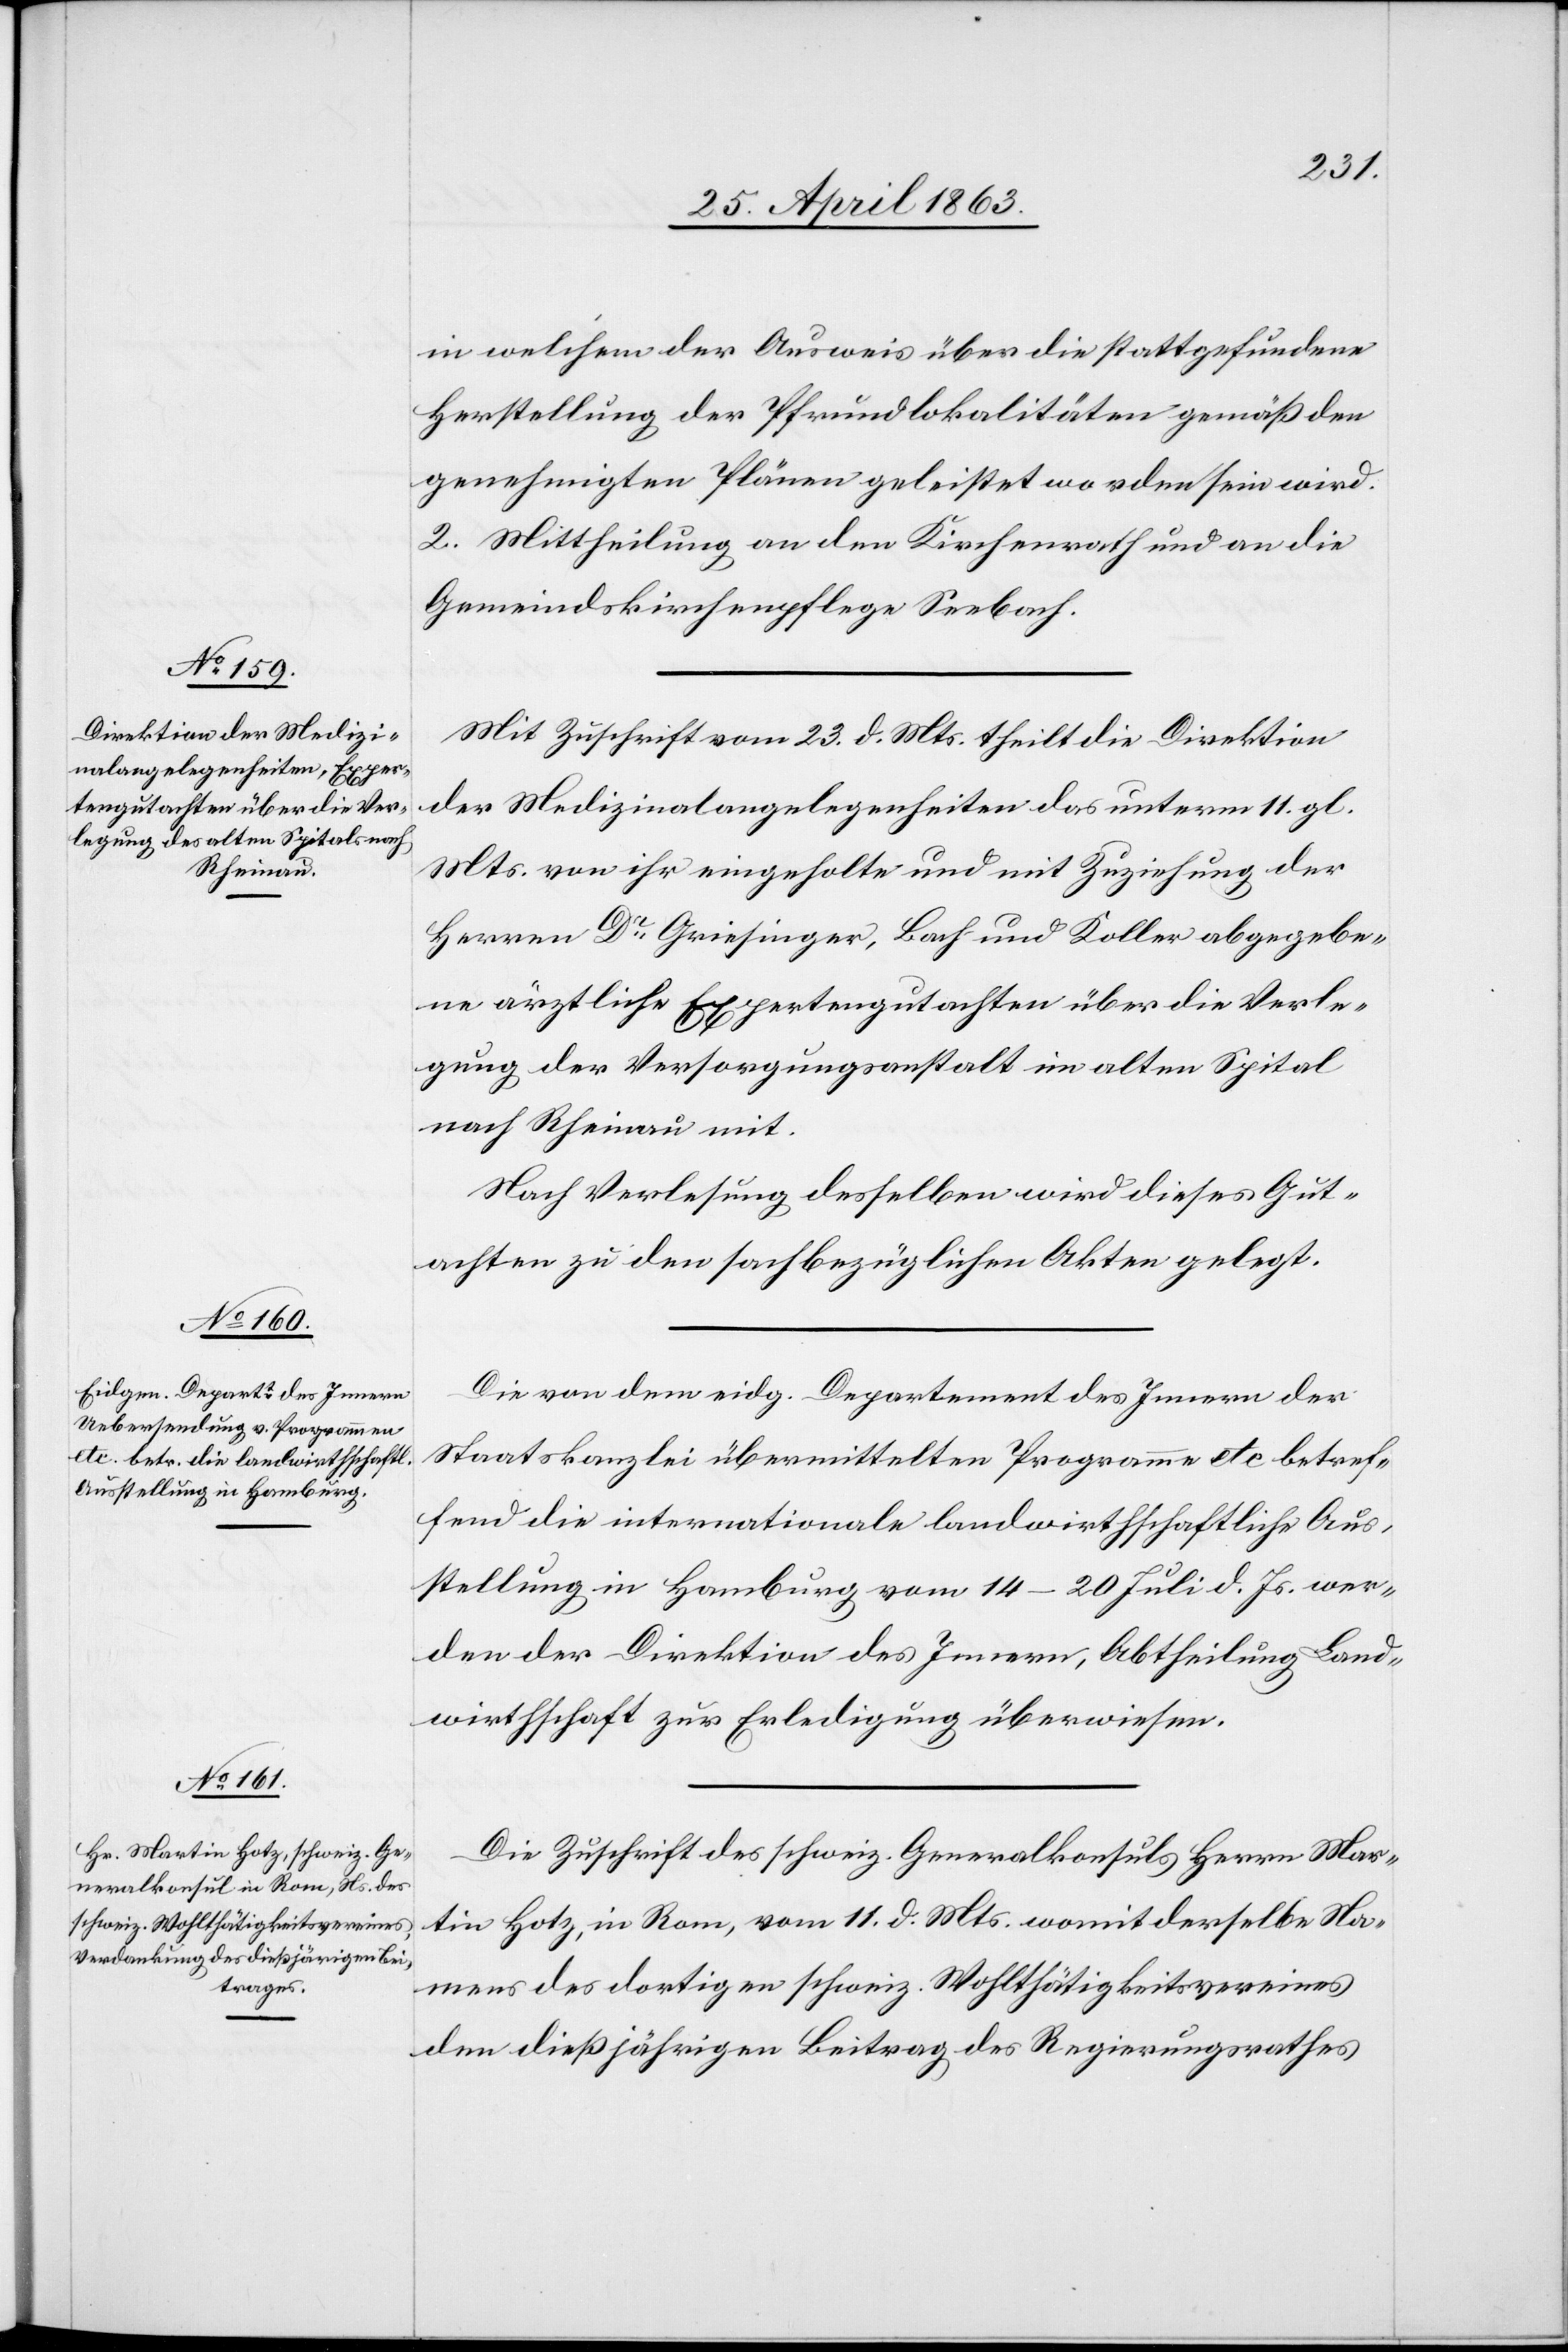
in welchem der Ausweis über die stattgefundene
Herstellung der Pfrundlokalitäten gemäß den
genehmigten Plänen geleistet worden sein wird.
2. Mittheilung an den Kirchenrath und an die
Gemeindskirchenpflege Seebach.
Mit Zuschrift vom 23. d. Mts. theilt die Direktion
der Medizinalangelegenheiten das unterm 11. gl.
Mts. von ihr eingeholte und mit Zuziehung der
Herren Dr Griesinger, Bach und Koller abgegebe¬
ne ärztliche Expertengutachten über die Verle¬
gung der Versorgungsanstalt im alten Spital
nach Rheinau mit.
Nach Verlesung desselben wird dieses Gut¬
achten zu den sachbezügliche Akten gelegt.
Die von dem eidg. Departement des Innern der
Staatskanzlei übermittelten Programme etc. betref¬
fend die internationale landwirthschaftliche Aus¬
stellung in Hamburg vom 14–20 Juli d. Js. wer¬
den der Direktion des Innern, Abtheilung Land¬
wirthschaft zur Erledigung überwiesen.
Die Zuschrift des schweiz. Generalkonsuls Herrn Mar¬
tin Hotz, in Rom, vom 11. d. Mts. womit derselbe Na¬
mens des dortigen schweiz. Wohlthätigkeitsvereines
den dießjährigen Beitrag des Regierungsrathes